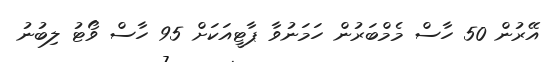
އޭރުން 50 ހާސް މެމްބަރުން ހަމަނުވާ ޕާޓީއަކަށް 95 ހާސް ވޯޓު ލިބުނު